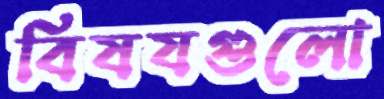
বিষযগুলো